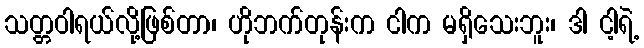
သတ္တဝါရယ်လို့ဖြစ်တာ၊ ဟိုဘက်တုန်းက ငါက မရှိသေးဘူး၊ ဒါ ငါ့ရဲ့